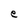
Character: e